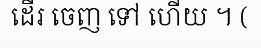
ដើរ ចេញ ទៅ ហើយ ។ (